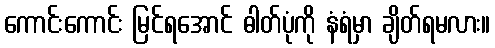
ကောင်းကောင်း မြင်ရအောင် ဓါတ်ပုံကို နံရံမှာ ချိတ်ရမလား။